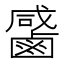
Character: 𪉳